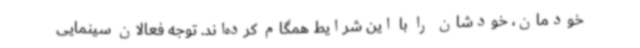
خودمان، خودشان را با این شرایط همگام کرده‌اند. توجه فعالان سینمایی